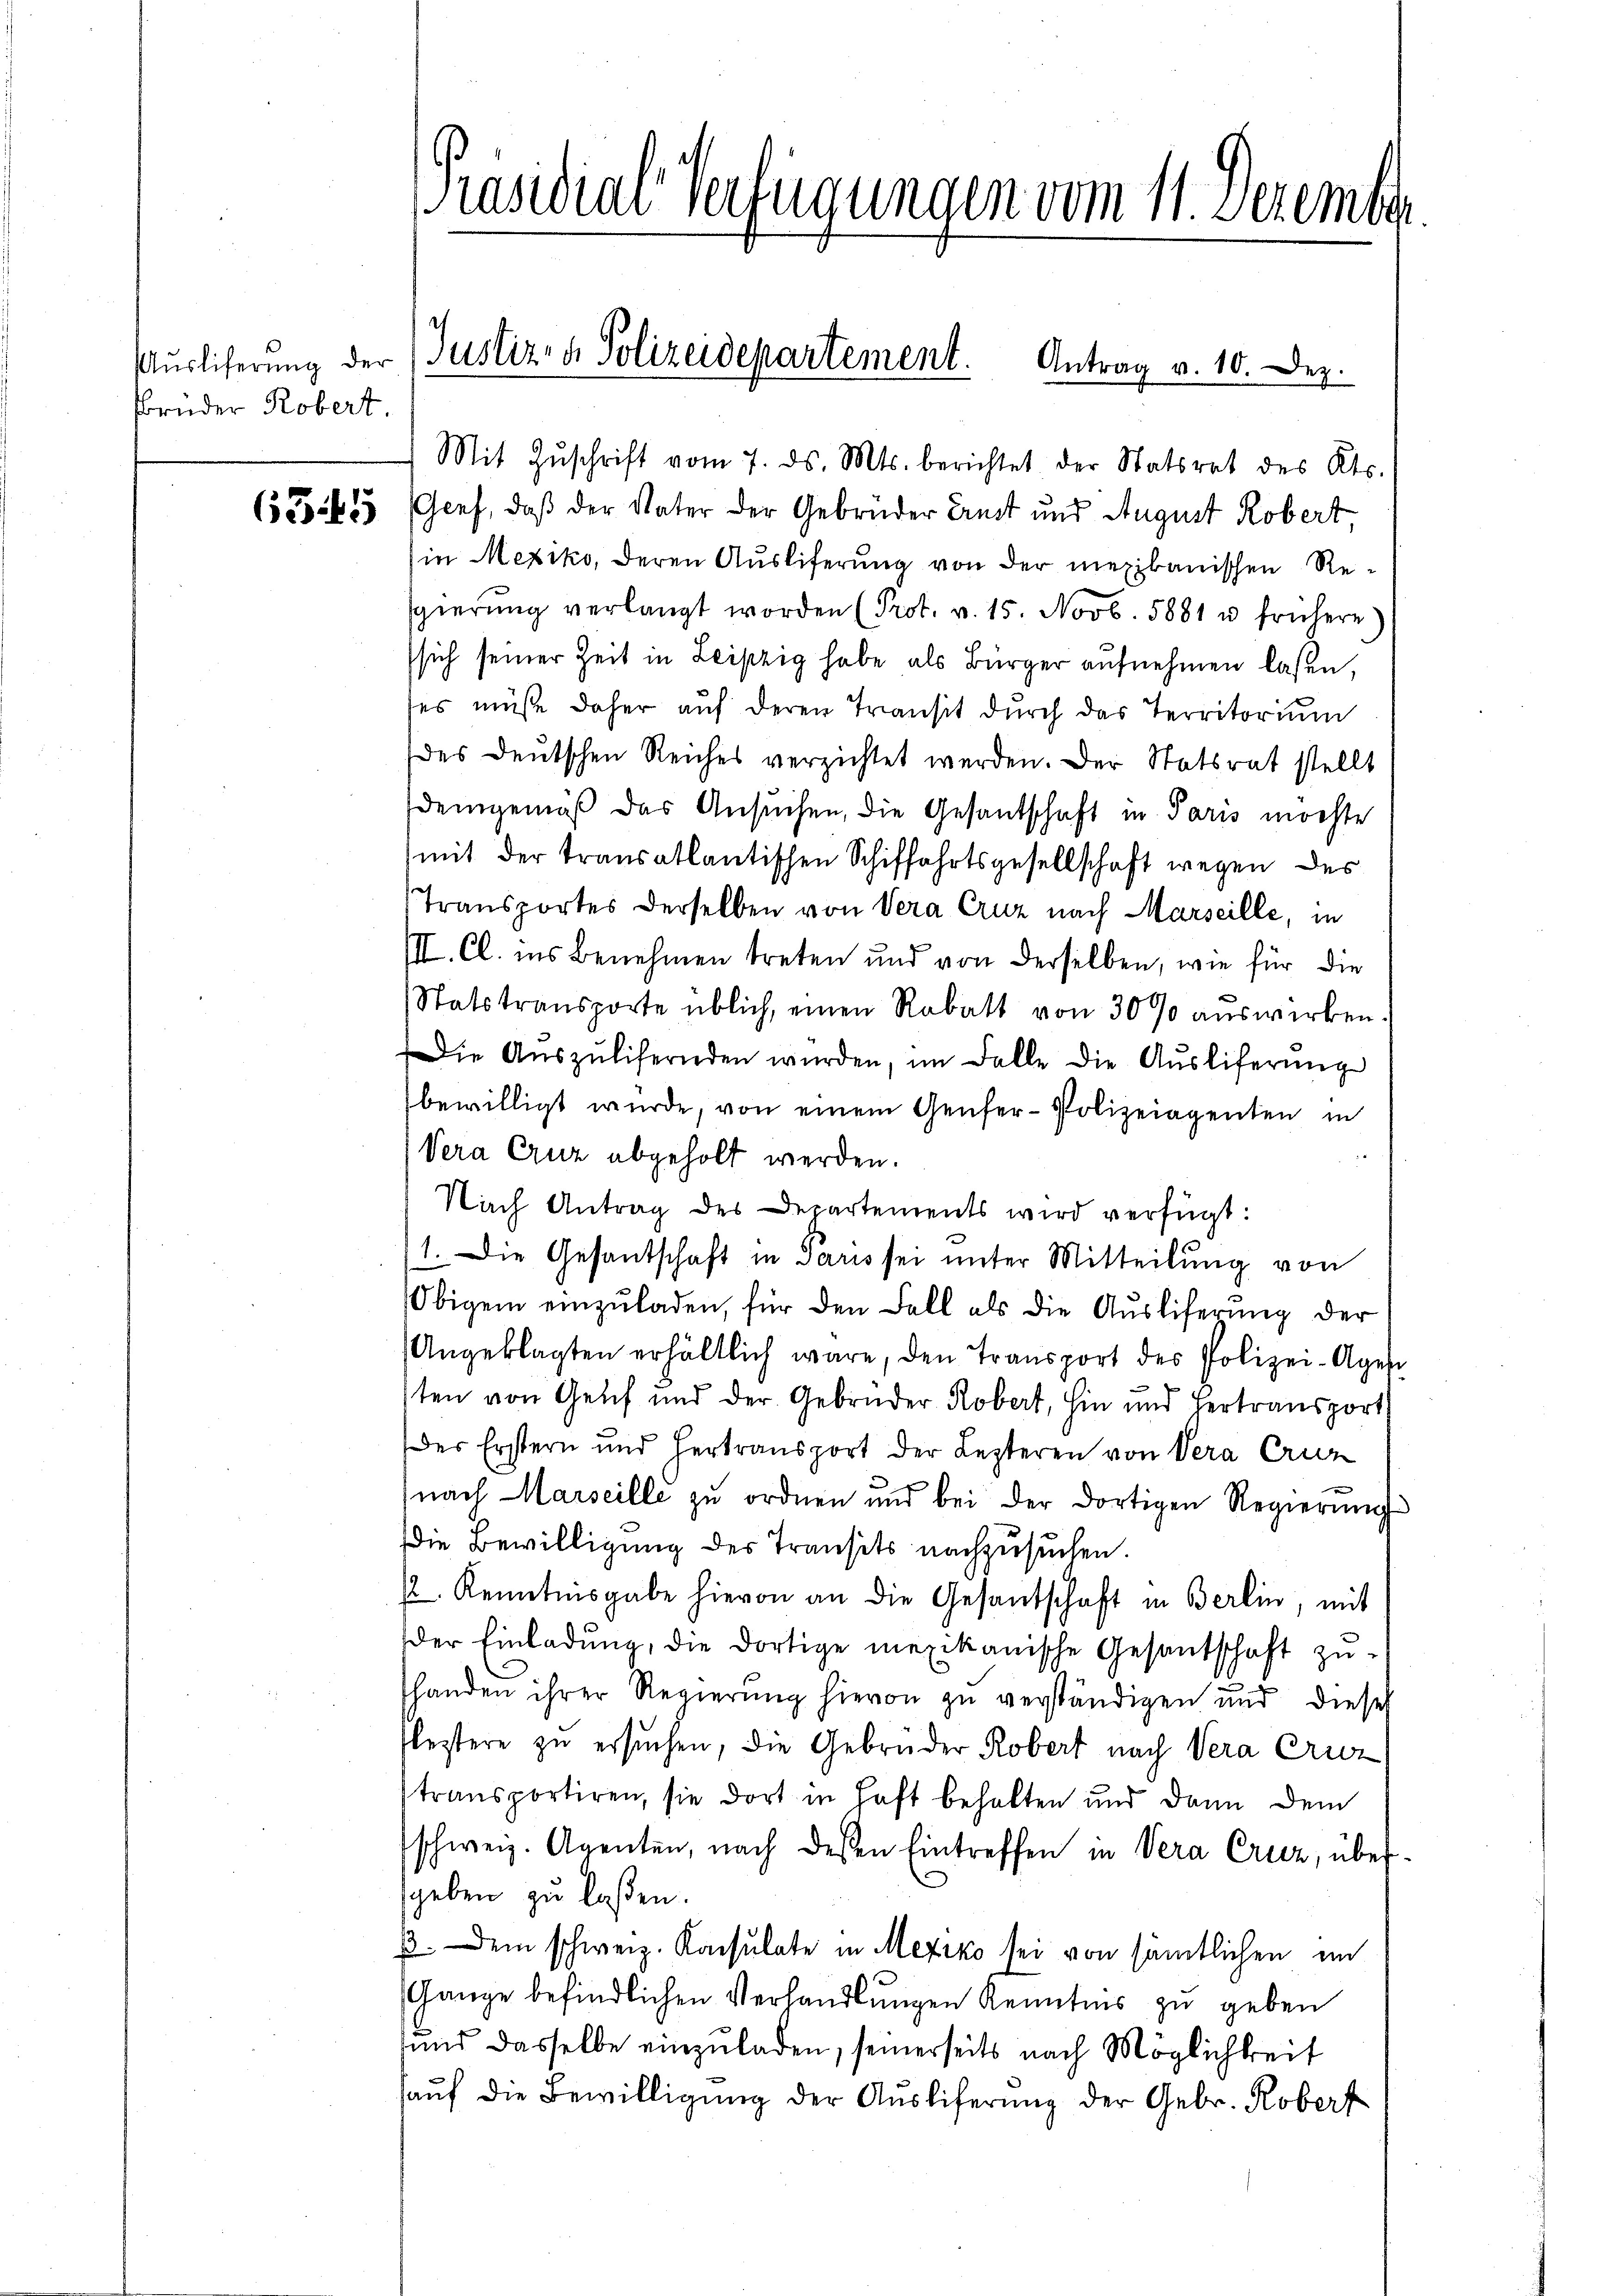
sbrüder Robert

635

[Präsidial-Verfügungen vom 11. Dezembe

Mit Zŭschrift vom 7. ds. Mts. berichtet der Statsrat des Kts.
GGenf, daß der Vater der Gebrüder Ernst und August Robert
in Mexiko, deren Ausliferung von der mexikanischen Resgierŭng verlangt worden (Prot. v. 15. Novb. 5881 u frühere)
sich seiner Zeit in Leipzig habe als Bürger aufnehmen laßen,
des müße daher auf deren Transit durch das Territorium
des deutschen Reiches verzichtet werden. Der Statsrat stellt
demgemäβ das Ansŭchen, die Gesantschaft in Paris möchte
mit der transatlantischen Schiffahrtsgesellschaft wegen des
Transportes derselben von Vera Cruz nach Marseille, in
III. Cl. ins Benehmen treten und von derselben, wie für die
Statstransporte üblich, einen Rabatt von 30% auswirken.
Die Aŭszŭlifernden würden, im Falle die Aŭsliferŭng
bewilligt wurde, von einem Genfer-Polizeiagenten in
Vera Cuz abgeholt werden.
Nach Antrag des Departements wird verfügt:
1. Die Gesandschaft in Paris sei unter Mitteilung von
Obigem einzŭladen, für den Fall als die Ausliferung der
Angeklagten erhältlich wäre, den Transport des Polizei-Agen
ten von Genf und der Gebrüder Robert, hin und Hertransport
des Erstern und Hertransport der Lezteren von Vera Cruz
n
nach Marseille zŭ ordnen und bei der dortigen Regierŭng
die Bewilligung des Transits nachzusuchen.
2 Kenntnisgabe hievon an die Gesandschaft in Berlin, mit
der Einladŭng, die dortige mexikanische Gesantschaft zŭ-
shanden ihrer Regierung hievon zu verständigen und dieses
flestere zu ersuchen, die Gebrüder Robert nach Vera Cruz
transportiren, sie dort in Haft behalten und dann dem
schweiz. Agenten, nach dessen Eintreffen in Vera Cruz, über-
geben zu laßen.
p. dem schweiz. Konsulate in Mexiko sei von sämtlichen im
Gange befindlichen Verhandlungen Kenntnis zu geben
fund dasselbe einzŭladen, seinerseits nach Möglichkeit
haŭf die Bewilligŭng der Auslieferung der Gebr. Roberf

Auslieferung der Justiz- & Polizeidepartement.
Antrag v. 10. Dez.